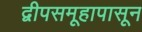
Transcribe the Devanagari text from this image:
द्वीपसमूहापासून